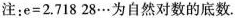
注：$$e=2.71828\cdots $$为自然对数的底数.